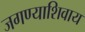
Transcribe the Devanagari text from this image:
जगण्याशिवाय